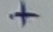
Text: +